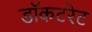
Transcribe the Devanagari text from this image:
डॉकटरेट